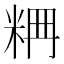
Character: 𥹣